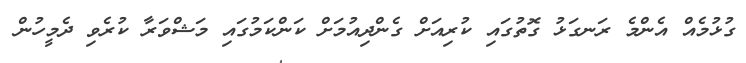
ގުޅުމެއް އެންމެ ރަނގަޅު ގޮތުގައި ކުރިއަށް ގެންދިއުމަށް ކަންކަމުގައި މަޝްވަރާ ކުރެވި ދެމީހުން